V__Kingissepa_nim__kolhoos, lk 30
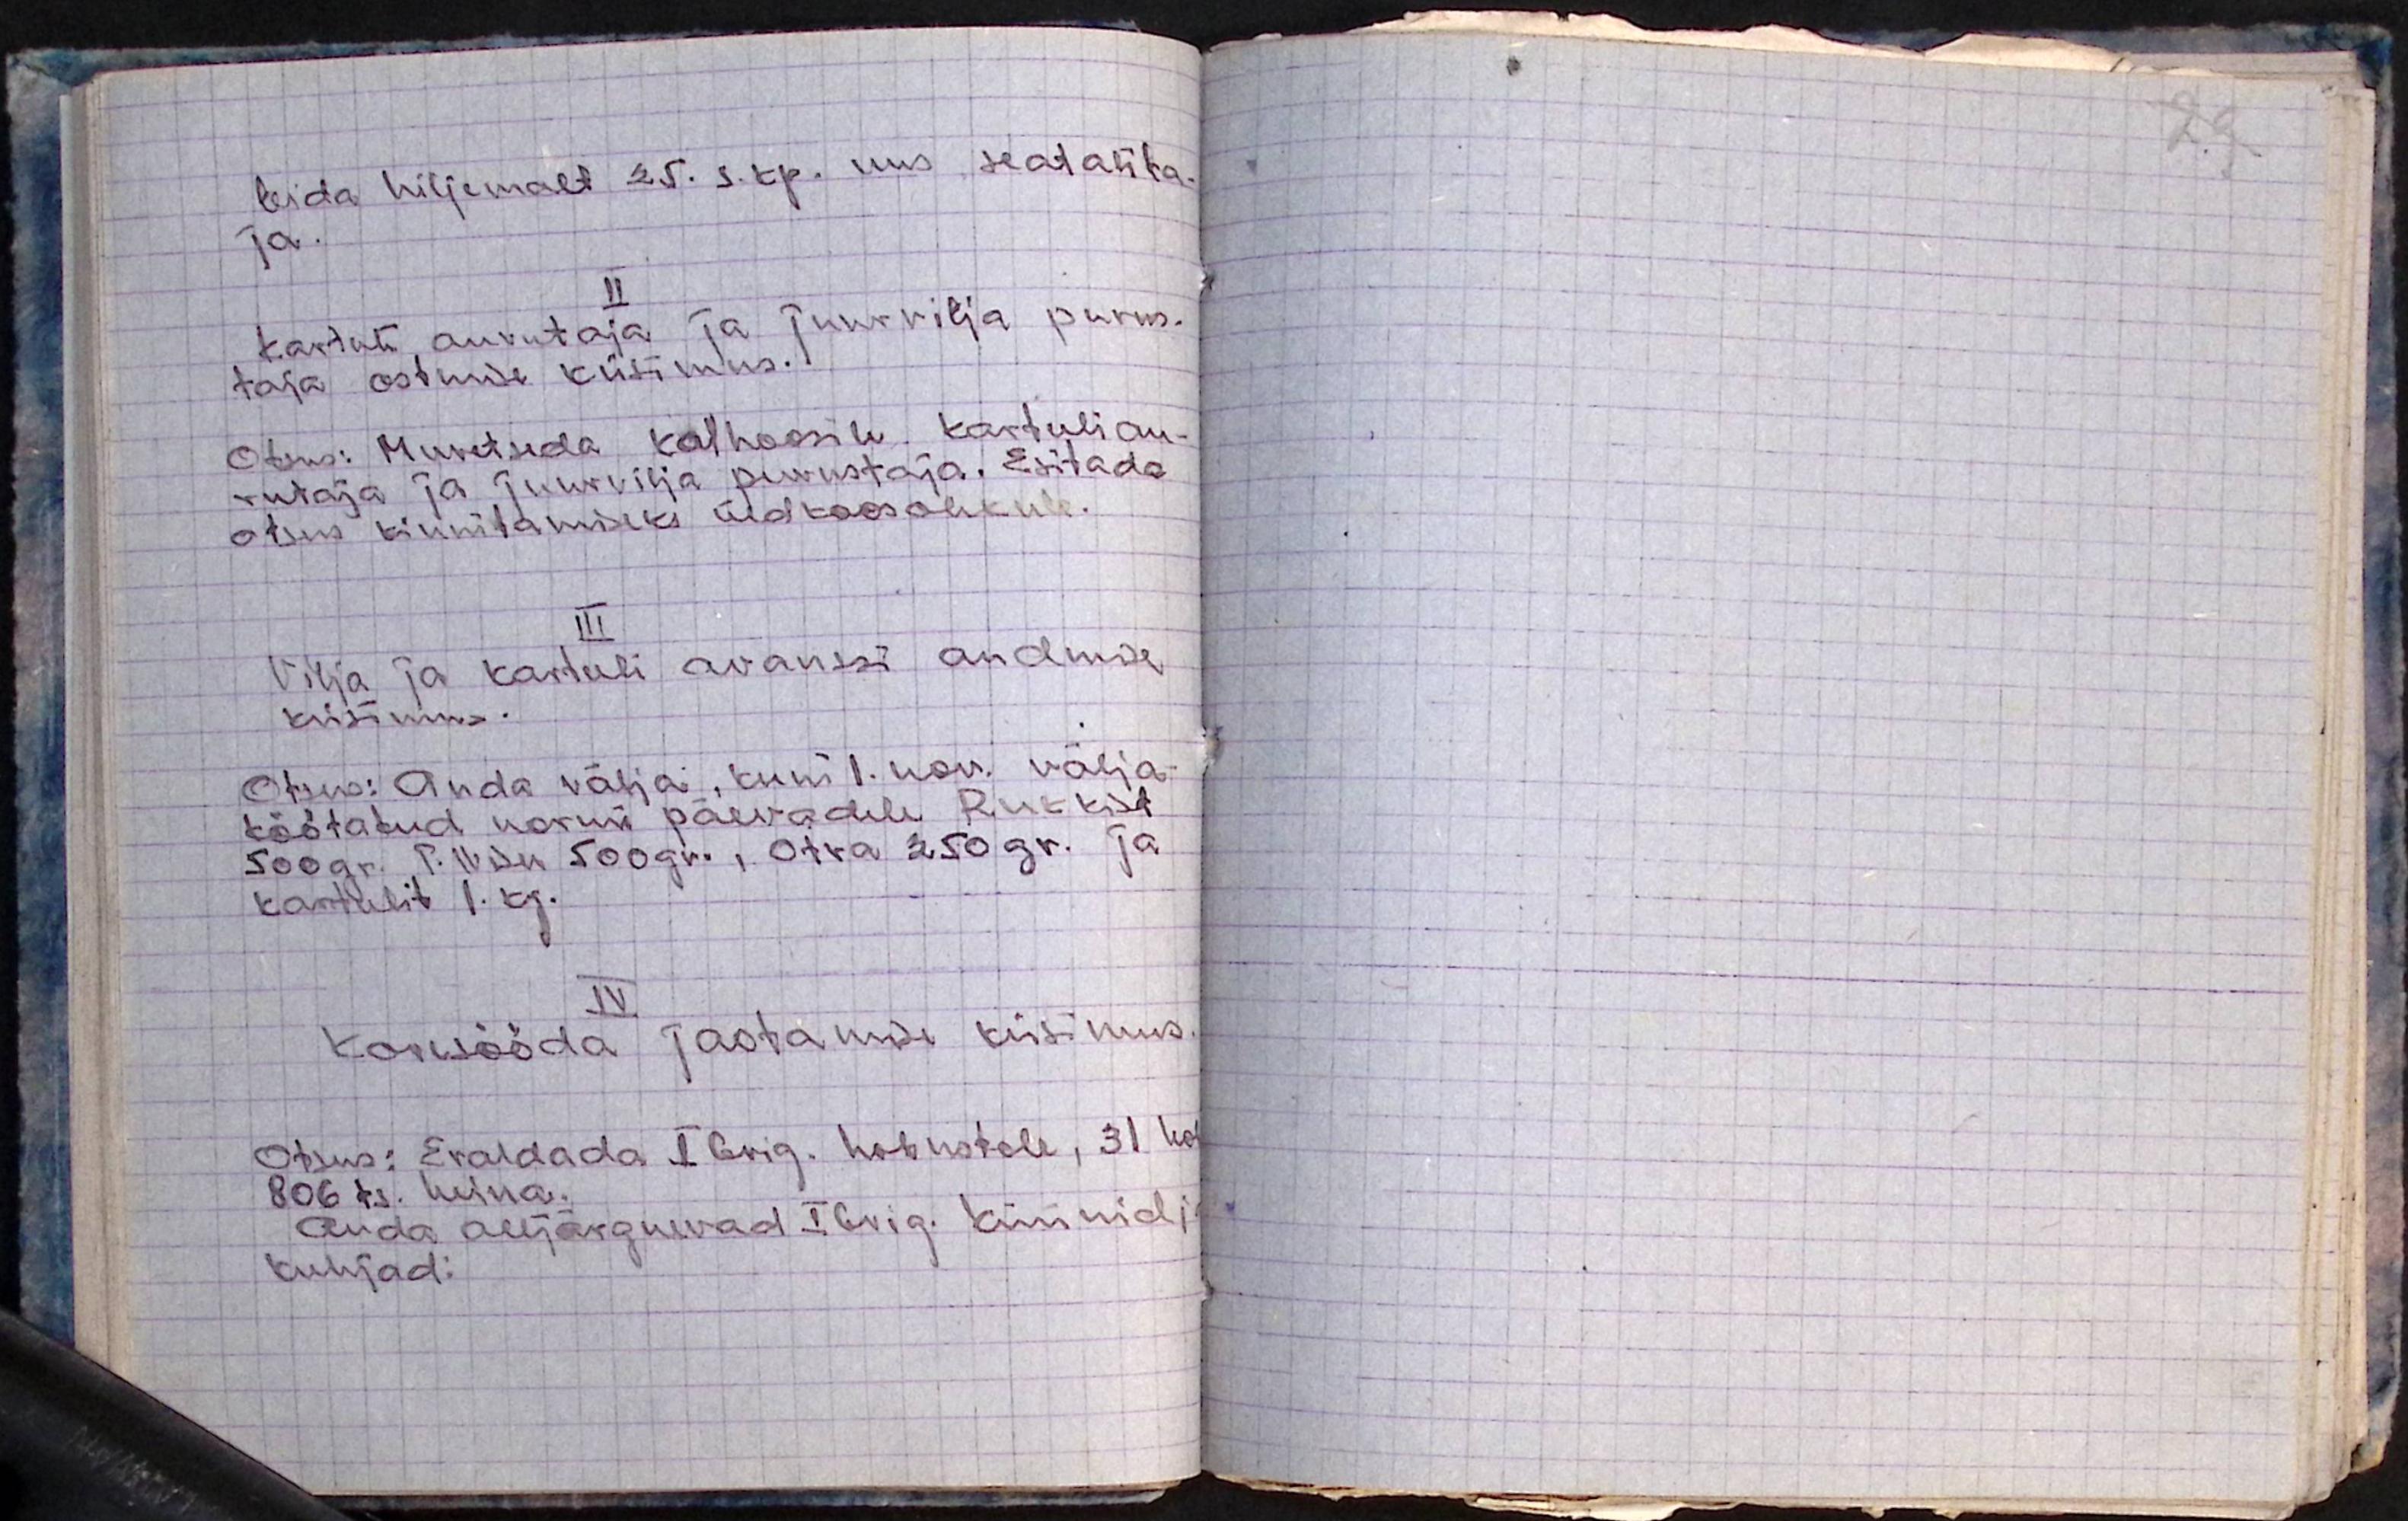
leida hiljemalt 25. s. kp. uus seatalita-
ja.
II
Kartuli aurutaja ja juurvilja purus-
taja ostmise küsimus.
Otsus: Muretseda kolhoosile kartuli au-
rutaja ja juurvilja purustaja. Esitada
otsus kinnitamiseks üldkoosolekule.
III
Vilja ja kartuli avanssi andmise
küsimus.
Otsus: Anda välja, kuni 1. nov. välja-
töötatud normi päevadele Rukkist
500 gr. I. Nisu 500 gr, otra 250 gr. ja
kartulit 1.kg.
IV
Koresööda jaotamise küsimus.
Otsus: Eraldada I brig. hobustele, 31 kop.
806 ts. heina.
Anda alljärgnevad I brig. küünid j
kuhjad: